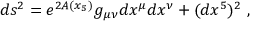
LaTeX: d s ^ { 2 } = e ^ { 2 A ( x _ { 5 } ) } g _ { \mu \nu } d x ^ { \mu } d x ^ { \nu } + ( d x ^ { 5 } ) ^ { 2 } ~ ,